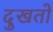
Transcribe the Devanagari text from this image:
दुखतो